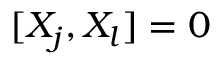
[ X _ { j } , X _ { l } ] = 0